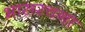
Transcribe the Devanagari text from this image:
भासरचना